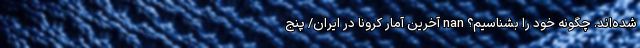
شده‌اند. چگونه خود را بشناسیم؟ nan آخرین آمار کرونا در ایران/ پنج